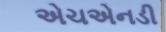
એચએનડી